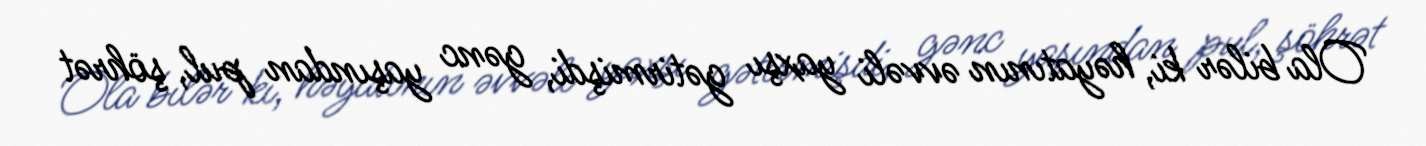
Ola bilər ki, həyatının əvvəli yaxşı gətirmişdi, gənc yaşından pul, şöhrət